Indian journal of veterinary science and animal husbandry - Volume 1,
Year: 1931
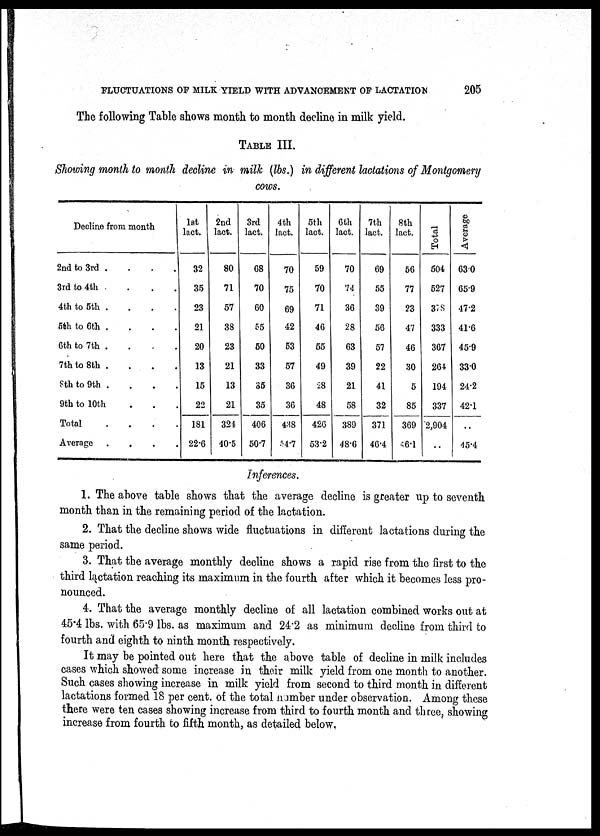
FLUCTUATIONS OF MILK YIELD WITH ADVANCEMENT OF LACTATION
205
The following Table shows month to month decline in milk yield.
TABLE III.
Showing month to month decline in milk (lbs.) in different lactations of Montgomery
cows.
Decline from month
2nd to 3rd .
3rd to 4th
.
4th to 5th .
5th to 6th
....
6th to 7th .
7th to 8th .
8th to 9th .
9th to 10th
Total
.
Average
.
1st
lact.
32
35
23
21
20
13
15
22
181
22.6
2nd
lact.
80
71
57
38
23
21
13
21
324
40.5
3rd
lact.
68
70
60
55
50
33
35
35
406
50.7
4th
lact.
70
75
69
42
53
57
36
36
438
54.7
5th
lact.
59
70
71
46
55
49
28
48
426
53.2
6th
lact.
70
74
36
28
63
39
21
58
389
48.6
7th
lact.
69
55
39
56
57
22
41
32
371
46.4
8th
lact.
56
77
23
47
46
30
5
85
369
46.1
Total
504
527
378
333
367
264
194
337
2,904
Average
63.0
65.9
47.2
41.6
45.9
33.0
24.2
42.1
..
45.4
Inferences.
1. The above table shows that the average decline is greater up to seventh
month than in the remaining period of the lactation.
2. That the decline shows wide fluctuations in different lactations during the
same period.
3. That the average monthly decline shows a rapid rise from the first to the
third lactation reaching its maximum in the fourth after which it becomes less pro-
nounced.
4. That the average monthly decline of all lactation combined works out at
45.4 lbs. with 65.9 lbs. as maximum and 24.2 as minimum decline from third to
fourth and eighth to ninth month respectively.
It may be pointed out here that the above table of decline in milk includes
cases which showed some increase in their milk yield from one month to another.
Such cases showing increase in milk yield from second to third month in different
lactations formed 18 per cent. of the total number under observation. Among these
there were ten cases showing increase from third to fourth month and three, showing
increase from fourth to fifth month, as detailed below.